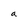
Character: a